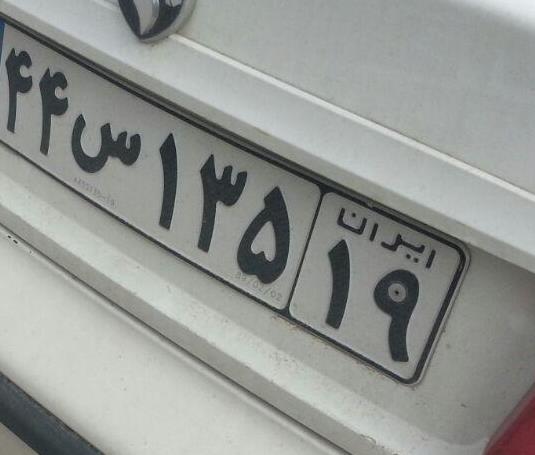
۴۴س۱۳۵۱۹